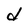
Character: d